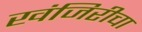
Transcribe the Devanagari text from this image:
खंजिरीचा